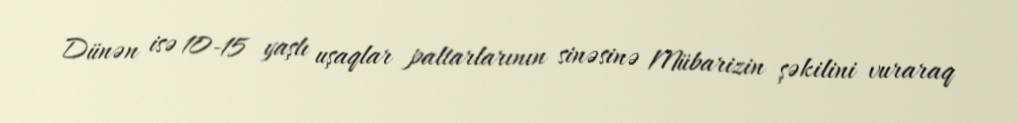
Dünən isə 10-15 yaşlı uşaqlar paltarlarının sinəsinə Mübarizin şəkilini vuraraq